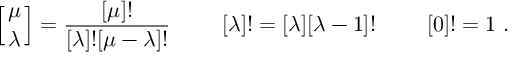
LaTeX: \left[ { \mu \atop \lambda } \right] = { \frac { [ \mu ] ! } { [ \lambda ] ! [ \mu - \lambda ] ! } } \ \qquad [ \lambda ] ! = [ \lambda ] [ \lambda - 1 ] ! \ \qquad [ 0 ] ! = 1 \ .